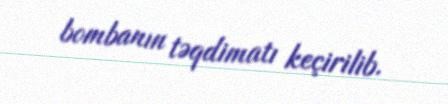
bombanın təqdimatı keçirilib.